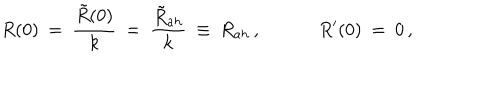
LaTeX: R ( 0 ) \: = \: \frac { \tilde { R } ( 0 ) } { k } \: = \: \frac { \tilde { R } _ { a h } } { k } \: \equiv \: R _ { a h } \, , \; \; R ^ { \prime } ( 0 ) \: = \: 0 \, ,